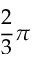
\frac 2 3 \pi